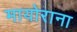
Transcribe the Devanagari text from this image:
मायोराना